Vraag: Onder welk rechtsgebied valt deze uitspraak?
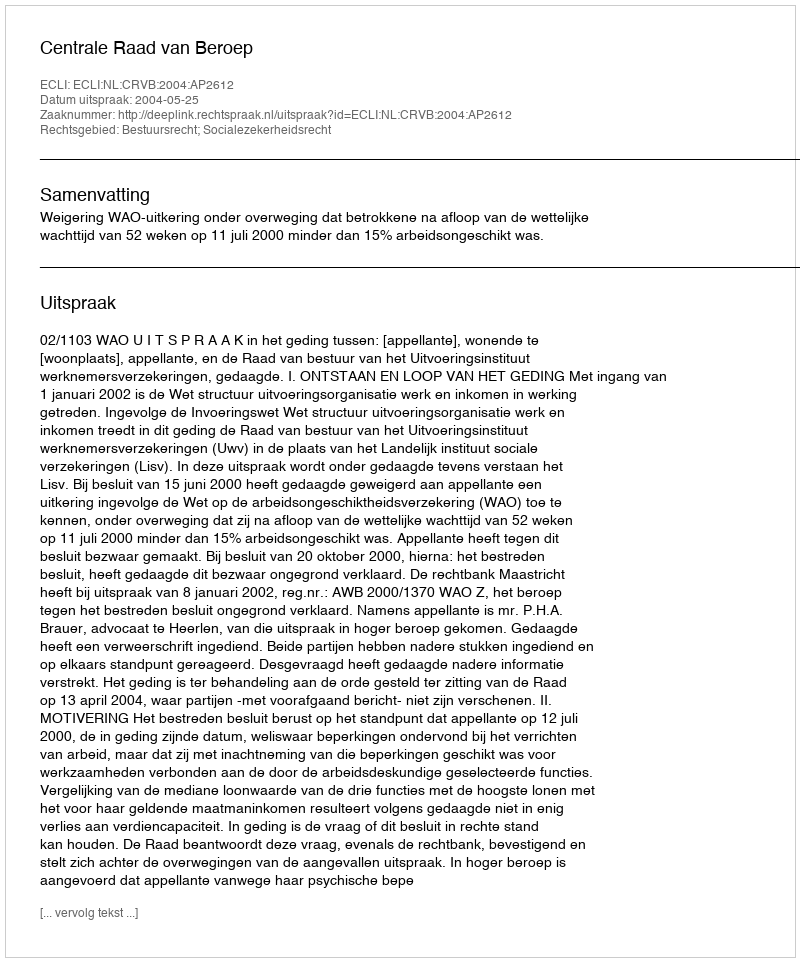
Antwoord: Bestuursrecht; Socialezekerheidsrecht